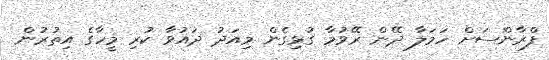
ފްރާންސަށް ހަމަލާ ދޭން ރޭވުމާ ގުޅިގެން މިއަދު ދައުވާ ކުރި މީހާގެ އިތުރުން